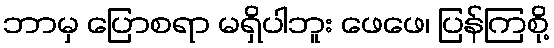
ဘာမှ ပြောစရာ မရှိပါဘူး ဖေဖေ၊ ပြန်ကြစို့